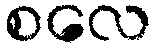
စလေ